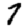
Digit: 7